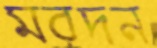
মরদন